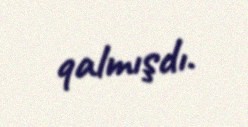
qalmışdı.